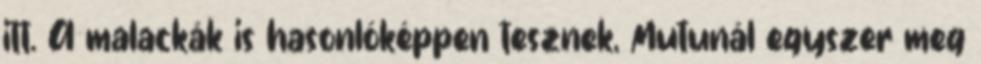
itt. A malackák is hasonlóképpen tesznek, Mutunál egyszer meg